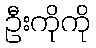
ဦးကိုကို